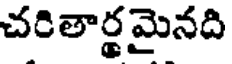
చరితార్థమైనది